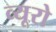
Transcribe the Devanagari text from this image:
व्‍यूरो